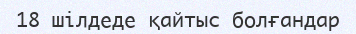
18 шілдеде қайтыс болғандар